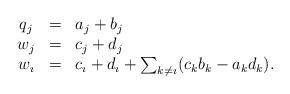
LaTeX: \begin{align*}\begin{array}{ccl}q_{j} & = & a_{j}+b_{j}\\w_{j} & = & c_{j}+d_{j}\\w_{\imath} & = & c_{\imath}+d_{\imath}+\sum_{k\neq\imath}(c_{k}b_{k}-a_{k}d_{k}).\end{array}\end{align*}